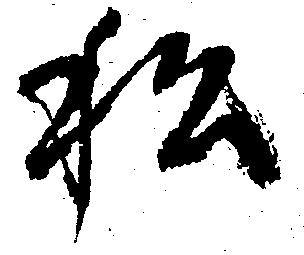
私